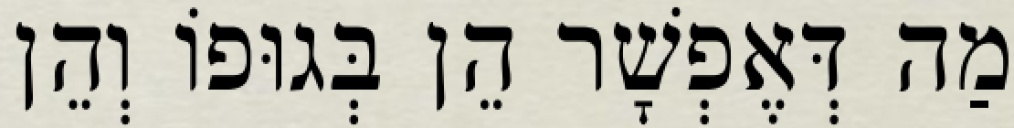
מַה דְּאֶפְשָׁר הֵן בְּגוּפוֹ וְהֵן